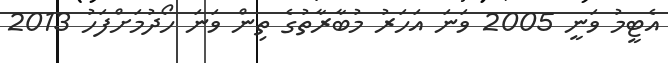
އެޓީމު ވަނީ 2005 ވަނަ އަހަރު މުބާރާތުގެ ތިން ވަނަ ހޯދުމަށްފަހު 2013